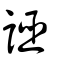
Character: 誣